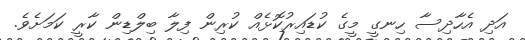
އަދި އެހާދިސާ ހިނގީ މީގެ ކުޑައިރުކޮޅެއް ކުރިން ފިލާ ބިލްޑިން ކާރީ ކަމަށެވެ.